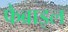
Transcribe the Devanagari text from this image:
फैब्राइल